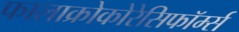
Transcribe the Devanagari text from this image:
फालाक्रोकोरेसिफॉर्म्स